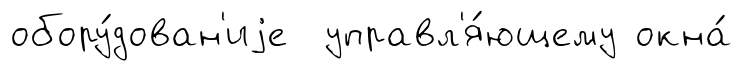
обору́дован'иjе управл'я́ющему окна́